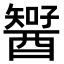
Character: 𨢱